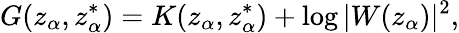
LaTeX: G(z_{\alpha},z_{\alpha}^{*})=K(z_{\alpha},z_{\alpha}^{*})+\log|W(z_{\alpha})|^{2},